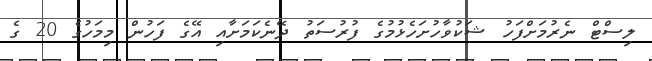
ލިސްޓް ނެރުމަށްފަހު ޝަކުވާހުށަހެޅުމުގެ ފުރުސަތު ދޭނެކަމަށާއި އޭގެ ފަހުން މިމަހުގެ 20 ގެ